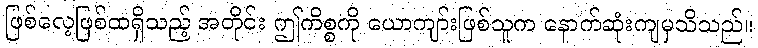
ဖြစ်လေ့ဖြစ်ထရှိသည့် အတိုင်း ဤကိစ္စကို ယောကျာ်းဖြစ်သူက နောက်ဆုံးကျမှသိသည်။